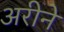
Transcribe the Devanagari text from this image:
अरीने